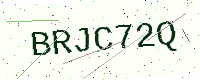
Text: BRJC72Q